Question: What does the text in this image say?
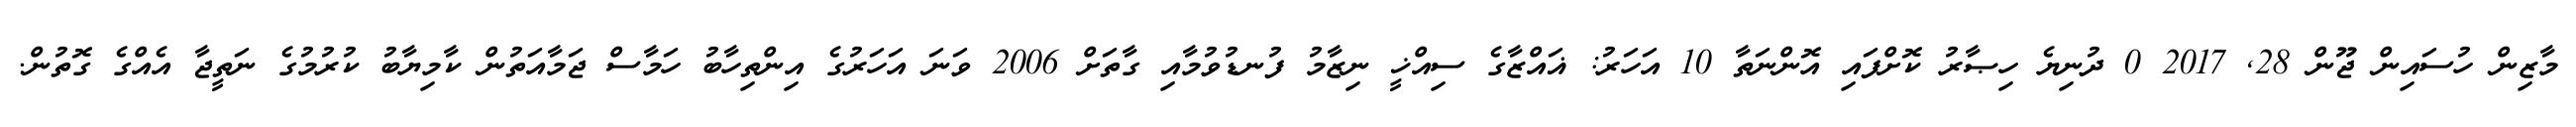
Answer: މާޒިން ހުސައިން ޖޫން 28, 2017 0 ދުނިޔެ ހިޞާރު ކޮށްފައި އޮންނަތާ 10 އަހަރު: ޣައްޒާގެ ސިއްޚީ ނިޒާމު ފުނޑުވުމާއި ގާތަށް 2006 ވަނަ އަހަރުގެ އިންތިހާބު ހަމާސް ޖަމާއަތުން ކާމިޔާބު ކުރުމުގެ ނަތީޖާ އެއްގެ ގޮތުން.